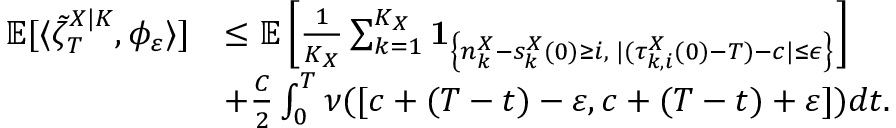
\begin{array} { r l } { \mathbb { E } [ \langle \tilde { \zeta } _ { T } ^ { X | K } , \phi _ { \varepsilon } \rangle ] } & { \leq \mathbb { E } \left[ \frac { 1 } { K _ { X } } \sum _ { k = 1 } ^ { K _ { X } } \mathbf { 1 } _ { \left\{ n _ { k } ^ { X } - s _ { k } ^ { X } ( 0 ) \geq i , \; | ( \tau _ { k , i } ^ { X } ( 0 ) - T ) - c | \leq \epsilon \right\} } \right] } \\ & { + \frac { C } { 2 } \int _ { 0 } ^ { T } \nu ( [ c + ( T - t ) - \varepsilon , c + ( T - t ) + \varepsilon ] ) d t . } \end{array}